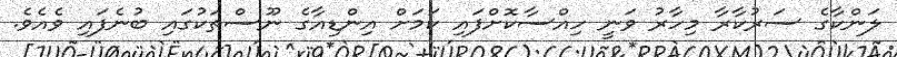
ލަންކާގެ ސަރުކާރާ މިހާރު ވަނީ ހިއްސާކޮށްފައި ކަމަށް އިންޑިއާގެ ނޫސްތަކުގައި ބުނެފައި ވެއެވެ.